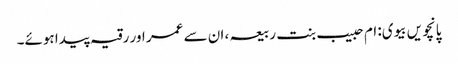
پانچویں بیوی: ام حبیب بنت ربیعہ ، ان سے عمر اور رقیہ پیدا ہوئے۔